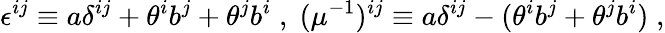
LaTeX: \epsilon^{ij}\equiv a\delta^{ij}+\theta^{i}b^{j}+\theta^{j}b^{i}\; ,\; (\mu^{-1})^{ij}\equiv a\delta^{ij}-(\theta^{i}b^{j}+\theta^{j}b^{i})\; ,